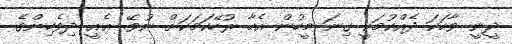
ދީނީ ވާހަކަ ދެއްކުމަކީ ގިނަ މީހުން އެހާ ރުހޭކަމަކަަށް ނުވޭ. ޢެއީ ދިވެހިންގެ